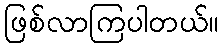
ဖြစ်လာကြပါတယ်။